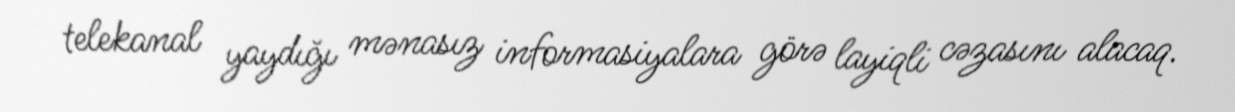
telekanal yaydığı mənasız informasiyalara görə layiqli cəzasını alacaq.